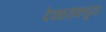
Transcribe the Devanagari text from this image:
देवधरांकडून